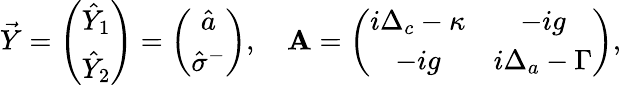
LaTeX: \vec{Y}=\left(\begin{array}{c}{\hat{Y}_{1}}\\ {\hat{Y}_{2}}\end{array}\right)=\left(\begin{array}{c}{\hat{a}}\\ {\hat{\sigma}^{-}}\end{array}\right),\quad\mathbf{A}=\left(\begin{array}{cc}{i\Delta_{c}-\kappa}&{-ig}\\ {-ig}&{i\Delta_{a}-\Gamma}\end{array}\right),